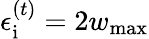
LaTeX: \epsilon_{\mathrm{i}}^{(t)}=2w_{\mathrm{max}}